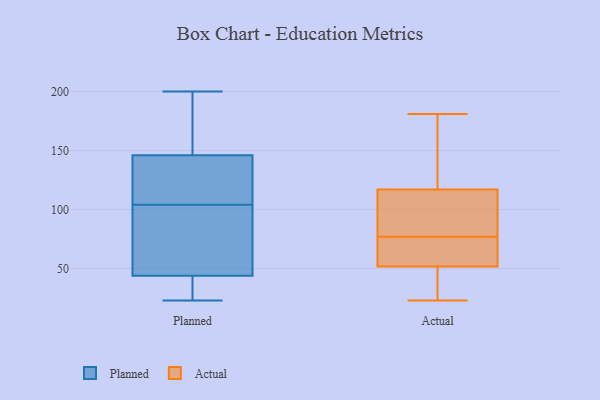
{"axis": {"x": "Headcount", "y": "Value"}, "legend": ["Actual", "Planned"], "data": [{"x": "", "y": 42, "type": "Planned"}, {"x": "", "y": 127, "type": "Planned"}, {"x": "", "y": 181, "type": "Planned"}, {"x": "", "y": 43, "type": "Planned"}, {"x": "", "y": 187, "type": "Planned"}, {"x": "", "y": 200, "type": "Planned"}, {"x": "", "y": 58, "type": "Planned"}, {"x": "", "y": 111, "type": "Planned"}, {"x": "", "y": 97, "type": "Planned"}, {"x": "", "y": 145, "type": "Planned"}, {"x": "", "y": 23, "type": "Planned"}, {"x": "", "y": 135, "type": "Planned"}, {"x": "", "y": 166, "type": "Planned"}, {"x": "", "y": 45, "type": "Planned"}, {"x": "", "y": 28, "type": "Planned"}, {"x": "", "y": 33, "type": "Planned"}, {"x": "", "y": 54, "type": "Planned"}, {"x": "", "y": 147, "type": "Planned"}, {"x": "", "y": 136, "type": "Planned"}, {"x": "", "y": 72, "type": "Planned"}, {"x": "", "y": 139, "type": "Actual"}, {"x": "", "y": 51, "type": "Actual"}, {"x": "", "y": 87, "type": "Actual"}, {"x": "", "y": 77, "type": "Actual"}, {"x": "", "y": 71, "type": "Actual"}, {"x": "", "y": 114, "type": "Actual"}, {"x": "", "y": 130, "type": "Actual"}, {"x": "", "y": 96, "type": "Actual"}, {"x": "", "y": 72, "type": "Actual"}, {"x": "", "y": 23, "type": "Actual"}, {"x": "", "y": 181, "type": "Actual"}, {"x": "", "y": 26, "type": "Actual"}, {"x": "", "y": 54, "type": "Actual"}, {"x": "", "y": 126, "type": "Actual"}, {"x": "", "y": 38, "type": "Actual"}, {"x": "", "y": 29, "type": "Actual"}, {"x": "", "y": 118, "type": "Actual"}, {"x": "", "y": 65, "type": "Actual"}, {"x": "", "y": 104, "type": "Actual"}]}